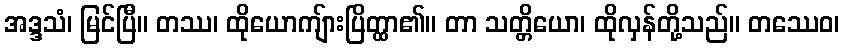
အဒ္ဒသံ၊ မြင်ပြီ။ တဿ၊ ထိုယောကျ်ားပြိတ္ထာ၏။ တာ သတ္တိယော၊ ထိုလှန်တို့သည်။ တဿေဝ၊